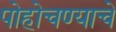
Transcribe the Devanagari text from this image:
पोहोचण्‍याचे